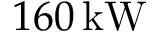
1 6 0 \, \mathrm { k W }